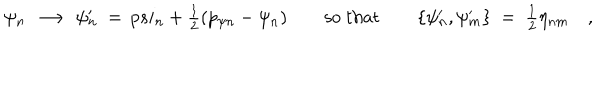
\psi _ { n } \ \longrightarrow \ \psi _ { n } ^ { \prime } \ = \, p s i _ { n } + { \textstyle { \frac 1 2 } } ( p _ { \psi n } - \psi _ { n } ) \qquad \mathrm { s o \ t h a t } \qquad \{ \psi _ { n } ^ { \prime } , \psi _ { m } ^ { \prime } \} \ = \ { \textstyle { \frac 1 2 } } \eta _ { n m } \quad ,